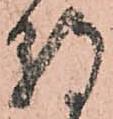
朝